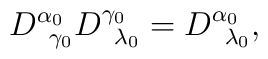
D_{\;\;\gamma _{0}}^{\alpha _{0}}D_{\;\;\lambda _{0}}^{\gamma_{0}}=D_{\;\;\lambda _{0}}^{\alpha _{0}},